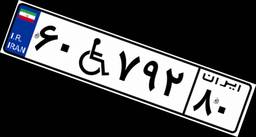
۶۰W۷۹۲۸۰